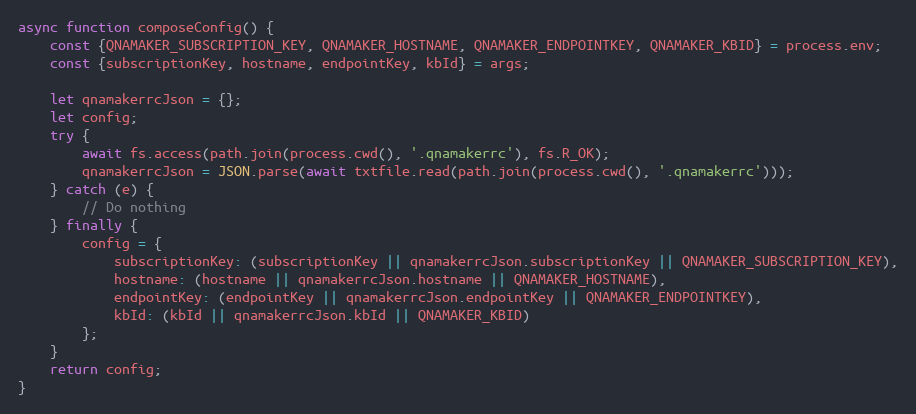
Language: JavaScript
async function composeConfig() {
    const {QNAMAKER_SUBSCRIPTION_KEY, QNAMAKER_HOSTNAME, QNAMAKER_ENDPOINTKEY, QNAMAKER_KBID} = process.env;
    const {subscriptionKey, hostname, endpointKey, kbId} = args;

    let qnamakerrcJson = {};
    let config;
    try {
        await fs.access(path.join(process.cwd(), '.qnamakerrc'), fs.R_OK);
        qnamakerrcJson = JSON.parse(await txtfile.read(path.join(process.cwd(), '.qnamakerrc')));
    } catch (e) {
        // Do nothing
    } finally {
        config = {
            subscriptionKey: (subscriptionKey || qnamakerrcJson.subscriptionKey || QNAMAKER_SUBSCRIPTION_KEY),
            hostname: (hostname || qnamakerrcJson.hostname || QNAMAKER_HOSTNAME),
            endpointKey: (endpointKey || qnamakerrcJson.endpointKey || QNAMAKER_ENDPOINTKEY),
            kbId: (kbId || qnamakerrcJson.kbId || QNAMAKER_KBID)
        };
    }
    return config;
}